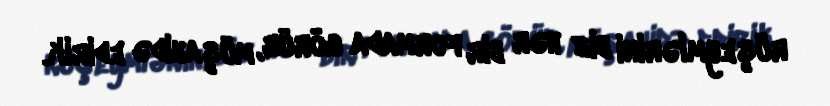
rüşeymlərini biz hər bir formada görür, müşahidə edirik.